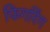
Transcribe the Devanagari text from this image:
फिगरिंग